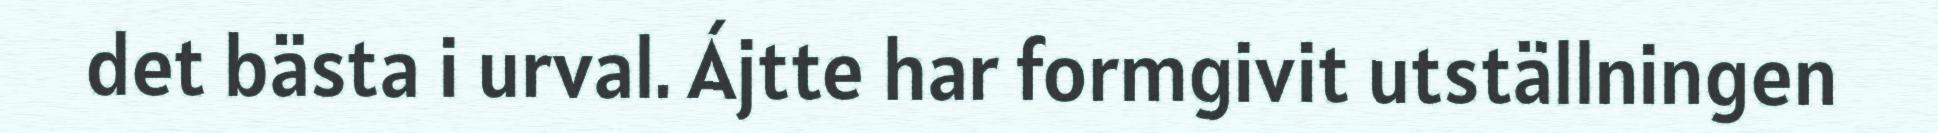
det bästa i urval. Ájtte har formgivit utställningen